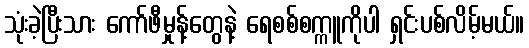
သုံးခဲ့ပြီးသား ကော်ဖီမှုန့်တွေနဲ့ ရေစစ်စက္ကူကိုပါ ရှင်းပစ်လိမ့်မယ်။